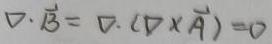
$\nabla \cdot \vec{B}=\nabla \cdot (\nabla \times \vec{A}) = 0$